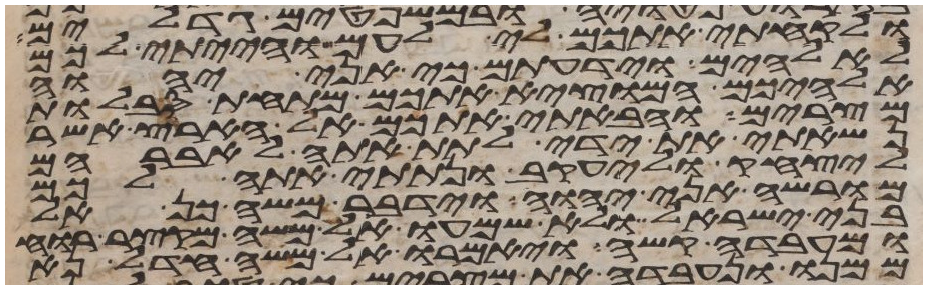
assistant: ולקחתי אתכם לי לעם והייתי לכם
לאלהים וידעתם כי אני יהוה
אלהיכם המוצא אתכם מתחת סבלות
מצרים והבאתי אתכם אל הארץ אשר
נשאתי את ידי לתת אתה לאברהם
ליצחק וליעקב ונתתי אתה לכם
מורשה אני יהוה וידבר משה כן
לבני ישראל ולא שמעו אל משה מקצר רוח
ומעבדה קשה ויאמרו אל משה חדל נא